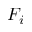
F _ { i }